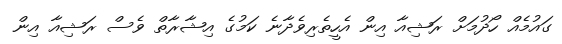
ގައުމެއް ހޯދުމަށް ރަޝިއާ އިން އެހީތެރިވެދާނެ ކަމުގެ އިޝާރާތް ވެސް ރަޝިއާ އިން